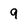
Character: 9